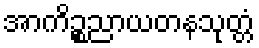
အာကိဉ္စညာယတနသုတ္တံ